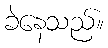
ခဲနေသည်။